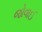
જોવાઈ